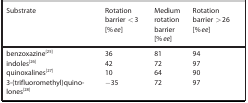
<table><thead><tr><td><b>Substrate</b></td><td><b>Rotation barrier &lt;3 [% <i>ee</i>]</b></td><td><b>Medium rotation barrier [% <i>ee</i>]</b></td><td><b>Rotation barrier &gt;26 [% <i>ee</i>]</b></td></tr></thead><tbody><tr><td>benzoxazine25</td><td>36</td><td>81</td><td>94</td></tr><tr><td>indoles26</td><td>42</td><td>72</td><td>97</td></tr><tr><td>quinoxalines27</td><td>10</td><td>64</td><td>90</td></tr><tr><td>3‐(trifluoromethyl)quinolones28</td><td>−35</td><td>72</td><td>97</td></tr></tbody></table>